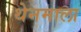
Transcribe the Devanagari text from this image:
थेनमाला